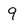
Character: 9